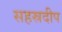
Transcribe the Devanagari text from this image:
सहस्रदीप